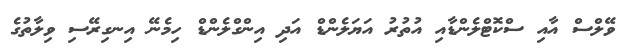
ވޭލްސް އާއި ސްކޮޓްލެންޑާއި އުތުރު އަޔަލެންޑް އަދި އިންގްލެންޑް ހިމެނޭ އިނގިރޭސި ވިލާތުގެ